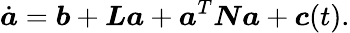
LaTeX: \dot{\boldsymbol{a}}=\boldsymbol{b}+\boldsymbol{L}\boldsymbol{a}+\boldsymbol{a}^{T}\boldsymbol{N}\boldsymbol{a}+\boldsymbol{c}(t).